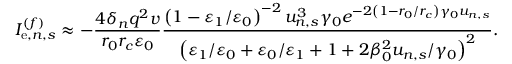
I _ { \mathrm { e } , n , s } ^ { ( f ) } \approx - \frac { 4 \delta _ { n } q ^ { 2 } v } { r _ { 0 } r _ { c } \varepsilon _ { 0 } } \frac { \left( 1 - \varepsilon _ { 1 } / \varepsilon _ { 0 } \right) ^ { - 2 } u _ { n , s } ^ { 3 } \gamma _ { 0 } e ^ { - 2 \left( 1 - r _ { 0 } / r _ { c } \right) \gamma _ { 0 } u _ { n , s } } } { \left( \varepsilon _ { 1 } / \varepsilon _ { 0 } + \varepsilon _ { 0 } / \varepsilon _ { 1 } + 1 + 2 \beta _ { 0 } ^ { 2 } u _ { n , s } / \gamma _ { 0 } \right) ^ { 2 } } .